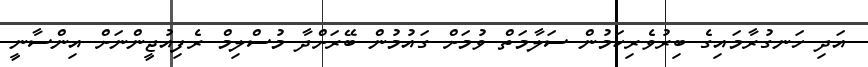
އަދި ހަނގުރާމައިގެ ބިރުވެރިކަމުން ސަލާމަތް ވުމަށް ގައުމުން ބޭރަށްދާ މުސްލިމް ރެފިއުޖީންނަށް އިންސާނީ